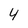
Character: 4